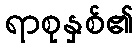
ရာစုနှစ်၏